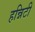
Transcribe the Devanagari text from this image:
हन्निटी